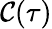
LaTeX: \mathcal{C}(\tau)